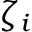
\zeta _ { i }